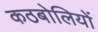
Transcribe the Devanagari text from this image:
कठबोलियों